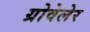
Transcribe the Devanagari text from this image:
ग्रोवेलेर